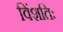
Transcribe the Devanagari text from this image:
विंशतिः